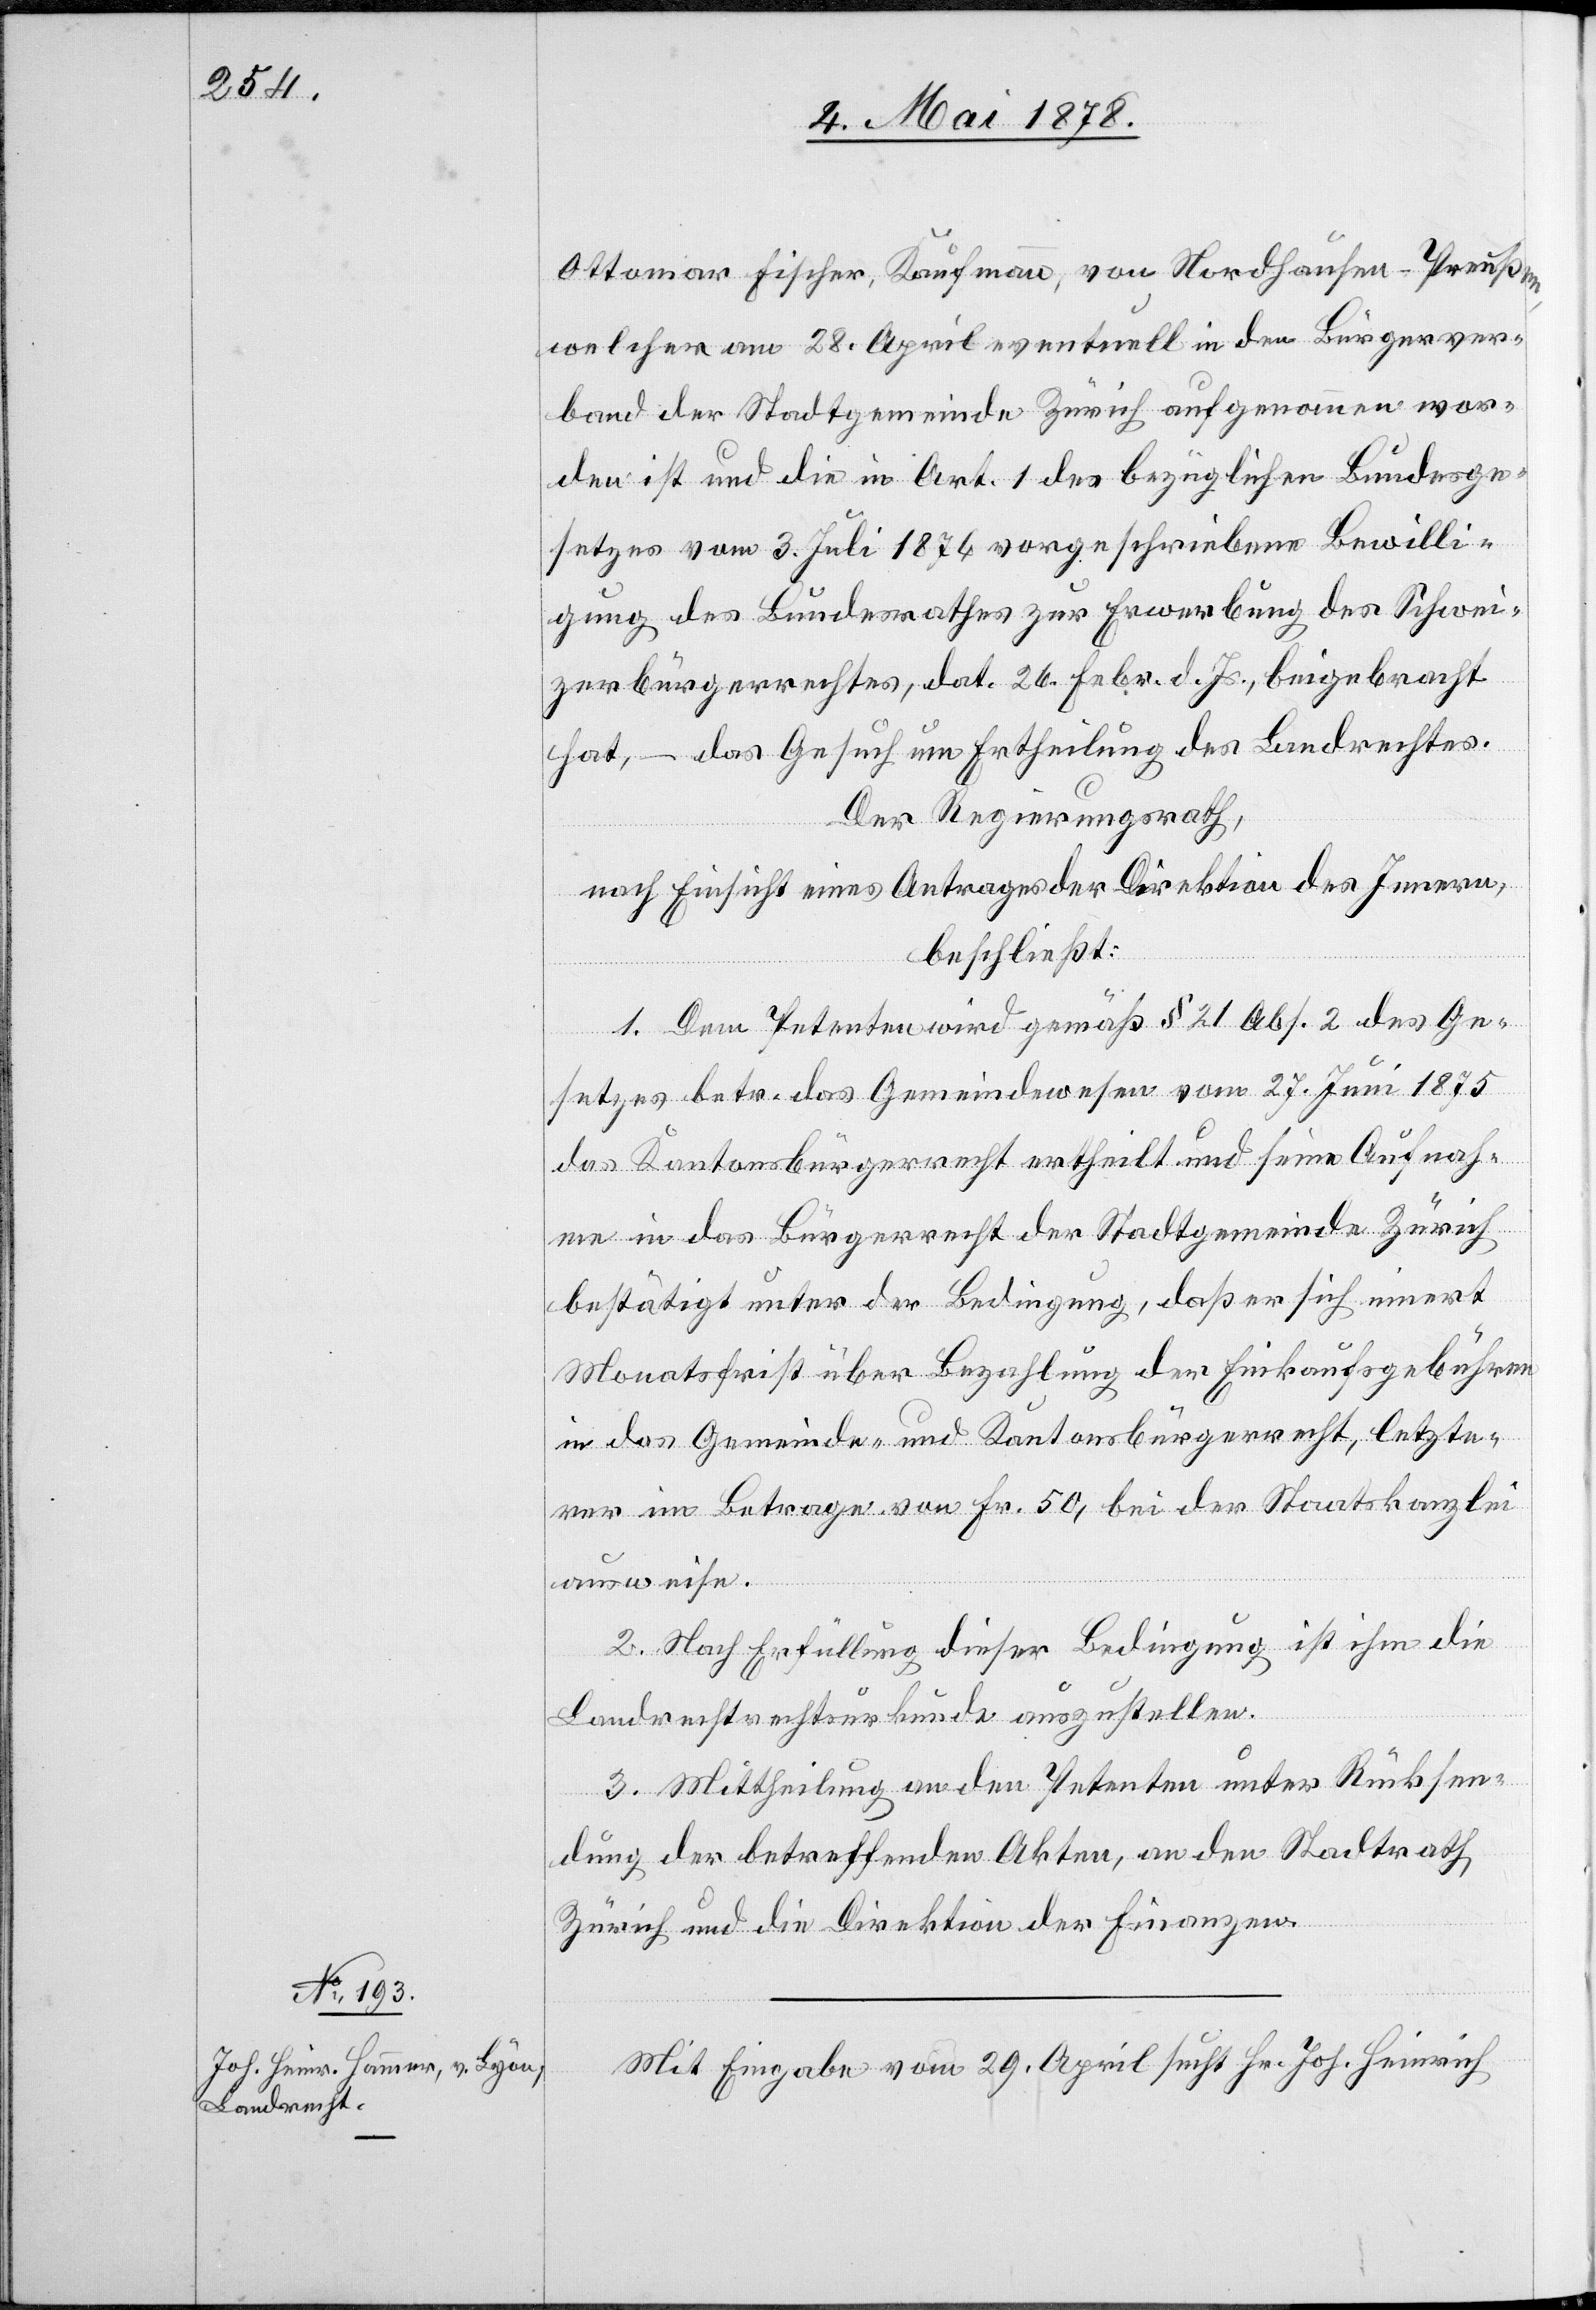
Ottomar Fischer, Kaufmann, von Nordhausen - Preußen,
welcher am 28. April eventuell in den Bürgerver¬
band der Stadtgemeinde Zürich aufgenommen wor¬
den ist und die in Art. 1 des bezüglichen Bundesge¬
setzes vom 3. Juli 1876 vorgeschriebene Bewilli¬
gung des Bundesrathes zur Erwerbung des Schwei¬
zerbürgerrechtes, dat. 26. Febr. d. Js. beigebracht
hat, – das Gesuch um Ertheilung des Landrechtes.
Der Regierungsrath,
nach Einsicht eines Antrages der Direktion des Innern,
beschließt:
1. Dem Petenten wird gemäß § 21 Abs. 2 des Ge¬
setzes betr. das Gemeindewesen vom 27. Juni 1875
das Kantonsbürgerrecht ertheilt und seine Aufnah¬
me in das Bürgerrecht der Stadtgemeinde Zürich
bestätigt unter der Bedingung, daß er sich innert
Monatsfrist über Bezahlung der Einkaufsgebühren
in das Gemeinde- und Kantonsbürgerrecht, letzte¬
rer im Betrage von Fr. 50, bei der Staatskanzlei
ausweise.
2. Nach Erfüllung dieser Bedingung ist ihm die
Landrechtsurkunde auszustellen.
3. Mittheilung an den Petenten unter Rücksen¬
dung der betreffenden Akten, an den Stadtrath
Zürich und die Direktion der Finanzen.
Mit Eingabe vom 29. April sucht Hr. Joh. Heinrich